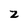
Character: z